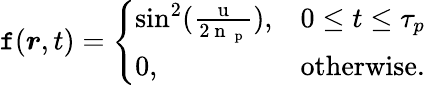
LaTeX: \mathtt{f}(\boldsymbol{r},t)=\left\{ \begin{array}{ll}{\sin^{2}(\frac{\mathrm{~u~}}{2\mathrm{~n~}_{\mathrm{~p~}}}),}&{0\leq t\leq\tau_{p}}\\ {0,}&{\mathrm{otherwise.}}\end{array}\right.